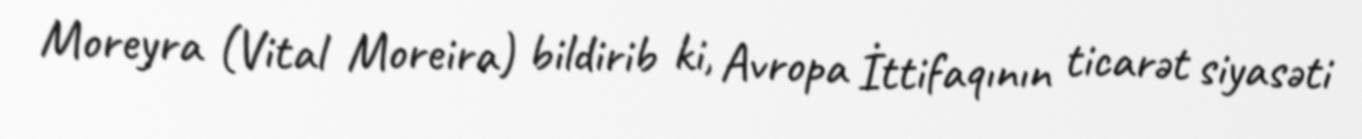
Moreyra (Vital Moreira) bildirib ki, Avropa İttifaqının ticarət siyasəti